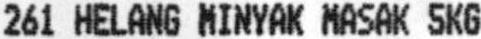
261 HELANG MINYAK MASAK 5KG